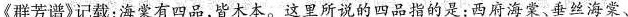
《群芳谱》记载：海棠有四品，皆木本。这里所说的四品指的是：西府海棠、垂丝海棠、